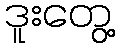
ဒူးတွေ့